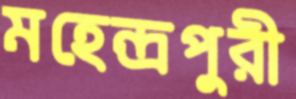
মহেন্দ্রপুরী